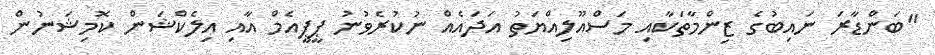
"ބަންޑާރަ ނައިބުގެ ޒިންމާތަކާއި މަސްއޫލިއްޔަތު އަދައެއް ނުކުރެވުނު ޕީޕީއެމް އާއި އިލެކްޝަން ކޮމިޝަނުން